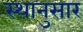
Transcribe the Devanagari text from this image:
स्थानुसार